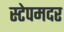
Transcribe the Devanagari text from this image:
स्टेपमदर